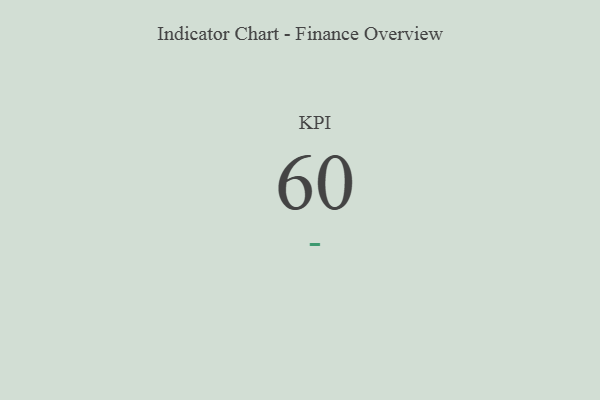
{"axis": {"x": "KPI", "y": "Value"}, "legend": [""], "data": [{"x": "KPI", "y": 60, "type": ""}]}